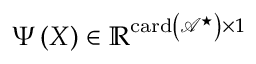
\boldsymbol { \Psi } \left( \boldsymbol { X } \right) \in \mathbb { R } ^ { \operatorname { c a r d } \left( \mathcal { A } ^ { \star } \right) \times 1 }